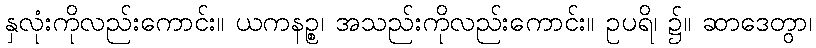
နှလုံးကိုလည်းကောင်း။ ယကနဉ္စ၊ အသည်းကိုလည်းကောင်း။ ဥပရိ၊ ၌။ ဆာဒေတွာ၊